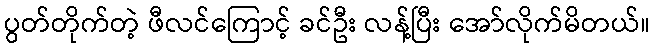
ပွတ်တိုက်တဲ့ ဖီလင်ကြောင့် ခင်ဦး လန့်ပြီး အော်လိုက်မိတယ်။